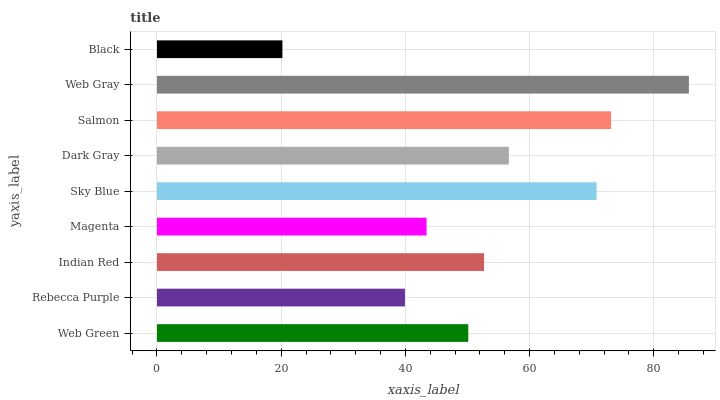
| yaxis_label | bars |
 | --- | --- |
 | Web Green | 50.1 |
 | Rebecca Purple | 39.9 |
 | Indian Red | 52.7 |
 | Magenta | 43.4 |
 | Sky Blue | 70.8 |
 | Dark Gray | 56.7 |
 | Salmon | 73.1 |
 | Web Gray | 85.7 |
 | Black | 20.2 |